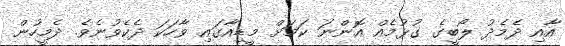
އާއި ދެމެދު ލޯބީގެ ގުޅުމެއް އޮންނަ ކަމަށް މީޑިއާގައި ވާހަކަ ދެކެވުނެވެ. ދެމީހުން